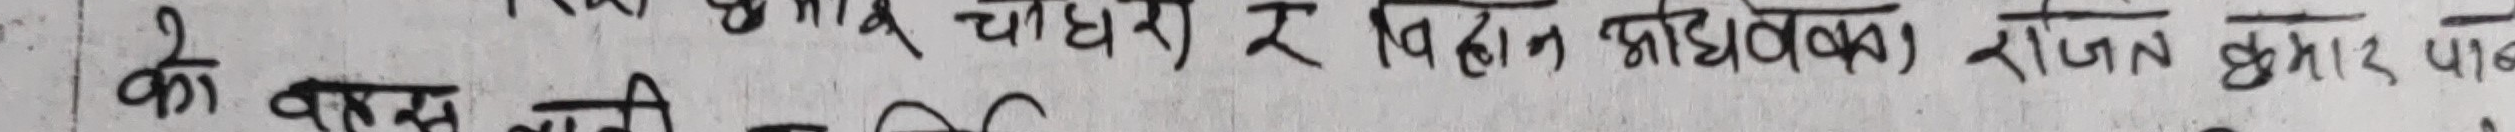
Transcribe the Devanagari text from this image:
के बालुवा चदेरा र विधान अधिवक्ता राजन कुमार पाठक